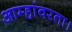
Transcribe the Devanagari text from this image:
आम्हांवरता।